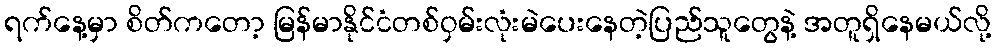
ရက်နေ့မှာ စိတ်ကတော့ မြန်မာနိုင်ငံတစ်ဝှမ်းလုံးမဲပေးနေတဲ့ပြည်သူတွေနဲ့ အတူရှိနေမယ်လို့